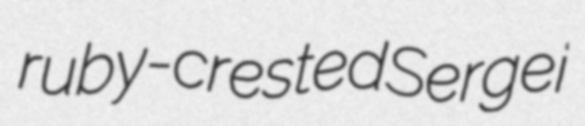
ruby-crested Sergei